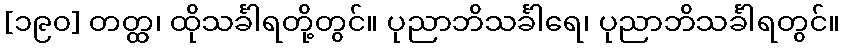
[၁၉၀] တတ္ထ၊ ထိုသင်္ခါရတို့တွင်။ ပုညာဘိသင်္ခါရေ၊ ပုညာဘိသင်္ခါရတွင်။